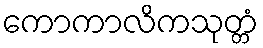
ကောကာလိကသုတ္တံ